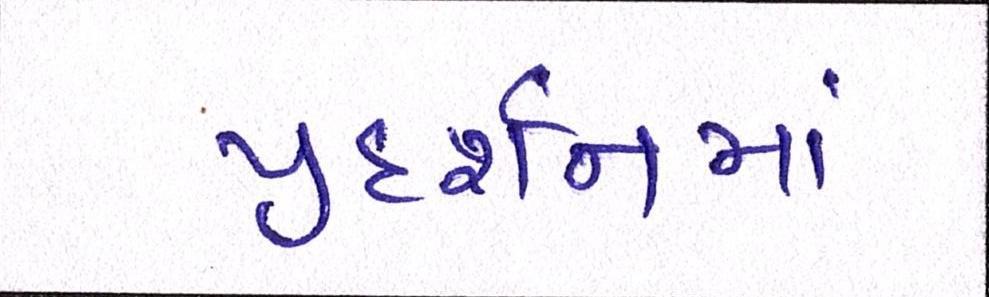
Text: પ્રદર્શનમાં